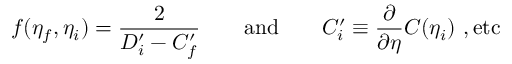
f ( \eta _ { f } , \eta _ { i } ) = { \frac { 2 } { D _ { i } ^ { \prime } - C _ { f } ^ { \prime } } } \qquad \mathrm { a n d } \qquad C _ { i } ^ { \prime } \equiv { \frac { \partial } { \partial \eta } } C ( \eta _ { i } ) ~ , \mathrm { e t c }